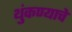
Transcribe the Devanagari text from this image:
थुंकण्याचे